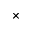
\times